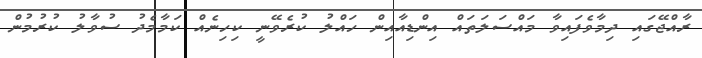
ރާއްޖޭގައި ދިމާވެފައިވާ މައްސަލަތައް އިންޑިއާއިން ހައްލު ކުރެވޭނީ ކިހިނެއް ކަމާމެދު ސުވާލު ކުރުމުން